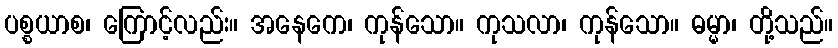
ပစ္စယာစ၊ ကြောင့်လည်း။ အနေကေ၊ ကုန်သော။ ကုသလာ၊ ကုန်သော။ ဓမ္မာ၊ တို့သည်။